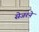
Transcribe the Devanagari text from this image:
सेजरने